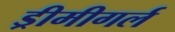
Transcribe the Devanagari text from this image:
ड्रीमीगर्ल